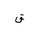
Letter: _qaf